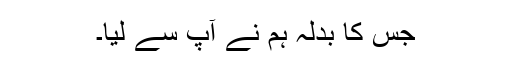
جس کا بدلہ ہم نے آپ سے لیا۔